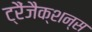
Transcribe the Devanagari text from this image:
ट्रैंजैक्शन्स